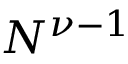
N ^ { \nu - 1 }